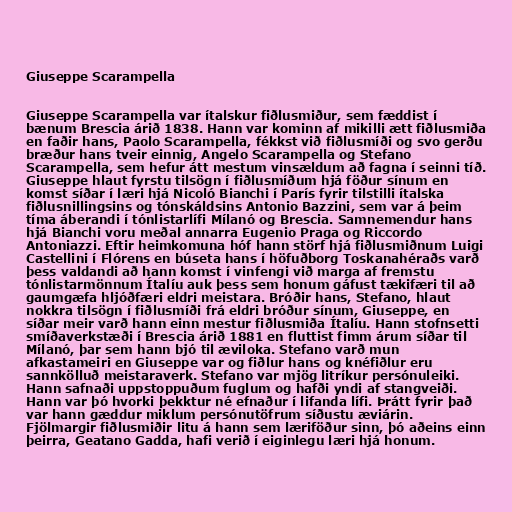
Giuseppe Scarampella

Giuseppe Scarampella var ítalskur fiðlusmiður, sem fæddist í
bænum Brescia árið 1838. Hann var kominn af mikilli ætt fiðlusmiða
en faðir hans, Paolo Scarampella, fékkst við fiðlusmíði og svo gerðu
bræður hans tveir einnig, Angelo Scarampella og Stefano
Scarampella, sem hefur átt mestum vinsældum að fagna í seinni tíð.
Giuseppe hlaut fyrstu tilsögn í fiðlusmíðum hjá föður sínum en
komst síðar í læri hjá Nicoló Bianchi í París fyrir tilstilli ítalska
fiðlusnillingsins og tónskáldsins Antonio Bazzini, sem var á þeim
tíma áberandi í tónlistarlífi Mílanó og Brescia. Samnemendur hans
hjá Bianchi voru meðal annarra Eugenio Praga og Riccordo
Antoniazzi. Eftir heimkomuna hóf hann störf hjá fiðlusmiðnum Luigi
Castellini í Flórens en búseta hans í höfuðborg Toskanahéraðs varð
þess valdandi að hann komst í vinfengi við marga af fremstu
tónlistarmönnum Ítalíu auk þess sem honum gáfust tækifæri til að
gaumgæfa hljóðfæri eldri meistara. Bróðir hans, Stefano, hlaut
nokkra tilsögn í fiðlusmíði frá eldri bróður sínum, Giuseppe, en
síðar meir varð hann einn mestur fiðlusmiða Ítalíu. Hann stofnsetti
smíðaverkstæði í Brescia árið 1881 en fluttist fimm árum síðar til
Mílanó, þar sem hann bjó til æviloka. Stefano varð mun
afkastameiri en Giuseppe var og fiðlur hans og knéfiðlur eru
sannkölluð meistaraverk. Stefano var mjög litríkur persónuleiki.
Hann safnaði uppstoppuðum fuglum og hafði yndi af stangveiði.
Hann var þó hvorki þekktur né efnaður í lifanda lífi. Þrátt fyrir það
var hann gæddur miklum persónutöfrum síðustu æviárin.
Fjölmargir fiðlusmiðir litu á hann sem læriföður sinn, þó aðeins einn
þeirra, Geatano Gadda, hafi verið í eiginlegu læri hjá honum.